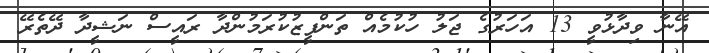
އޭނާ ވިދާޅުވީ 13 އަހަރުގެ ޖަލު ހުކުމެއް ތަންފީޒުކުރަމުންދާ ރައީސް ނަޝީދާ ދޭތެރޭ